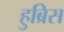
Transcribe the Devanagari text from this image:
हुब्रिस